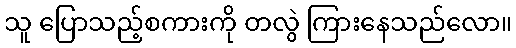
သူ ပြောသည့်စကားကို တလွဲ ကြားနေသည်လော။